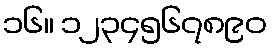
၁၆။ ၁၂၃၄၅၆၇၈၉၀